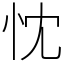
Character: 忱